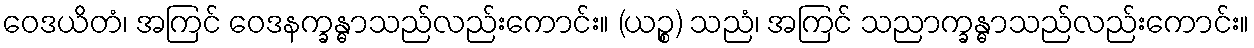
ဝေဒယိတံ၊ အကြင် ဝေဒနက္ခန္ဓာသည်လည်းကောင်း။ (ယဉ္စ) သညံ၊ အကြင် သညာက္ခန္ဓာသည်လည်းကောင်း။